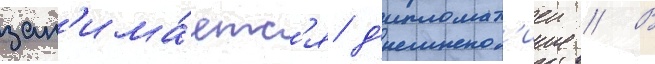
зан'има́етс'я д'ипломат'иеи // В